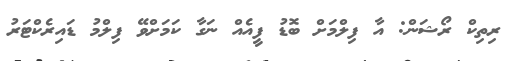
ރިތިކް ރޯޝަން: އާ ފިލްމަށް ބޮޑު ފީއެއް ނަގާ ކަމަށްވޭ ފިލްމު ޑައިރެކްޓަރު